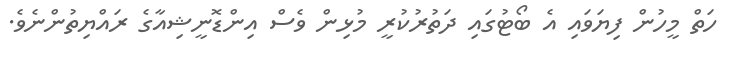
ހަތް މީހުން ފިޔަވައި އެ ބޯޓުގައި ދަތުރުކުރީ މުޅިން ވެސް އިންޑޮނީޝިއާގެ ރައްޔިތުންނެވެ.